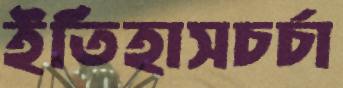
ইতিহাসচর্চা